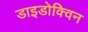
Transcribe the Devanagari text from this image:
डाइडोक्विन